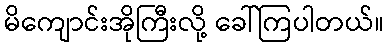
မိကျောင်းအိုကြီးလို့ ခေါ်ကြပါတယ်။